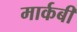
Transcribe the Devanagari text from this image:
मार्कबी